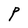
Character: P